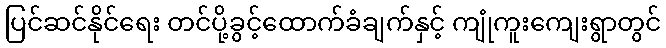
ပြင်ဆင်နိုင်ရေး တင်ပို့ခွင့်ထောက်ခံချက်နှင့် ကျုံကူးကျေးရွာတွင်